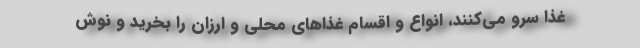
غذا سرو می‌کنند، انواع و اقسام غذاهای محلی و ارزان را بخرید و نوش